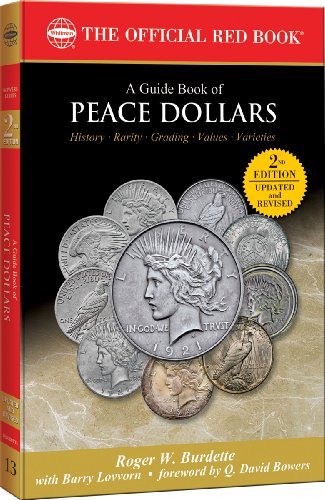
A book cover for A Guide Book of Peace Dollars; Roger W. Burdette; Crafts, Hobbies & Home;